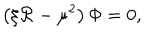
\left( \xi \mathcal { R } - \mu ^ { 2 } \right) \Phi = 0 ,